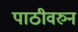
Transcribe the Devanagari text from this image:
पाठीवरुन